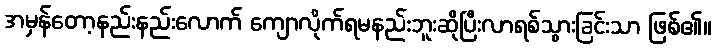
အမှန်တော့နည်းနည်းလောက် ကျောလိုက်ရမနည်းဘူးဆိုပြီးလာရစ်သွားခြင်းသာ ဖြစ်၏။